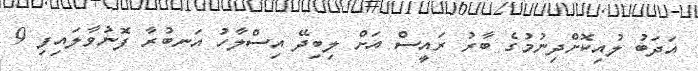
އަދަބު ލުއިކޮށްދިނުމުގެ ބާރު ރައީސް އަށް ލިބިދޭ އިސްލާހު އަނބުރާ ފޮނުވާލައިފި 9